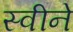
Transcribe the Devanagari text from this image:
स्वीने